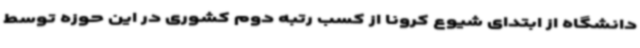
دانشگاه از ابتدای شیوع کرونا از کسب رتبه دوم کشوری در این حوزه توسط